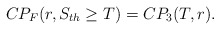
\begin{align*}CP_{F}(r, S_{th}\geq T)=CP_3(T,r).\end{align*}